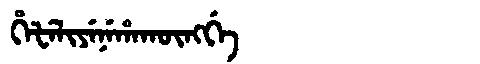
Manchu: ᡥᡝᡶᡝᠯᡳᠶᡝᠨᡝᡥᠠᡴᡡᠩᡤᡝ
Romanization: HEFELIYENEHAKŪNGGE